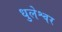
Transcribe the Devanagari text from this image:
धुलेश्वर